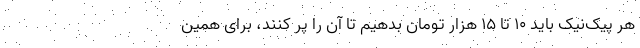
هر پیک‌نیک باید ۱۰ تا ۱۵ هزار تومان بدهیم تا آن را پر کنند، برای همین